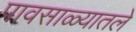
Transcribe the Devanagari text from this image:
पावसाळ्यातले